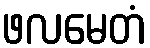
ဖလမေတံ